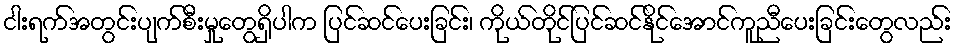
ငါးရက်အတွင်းပျက်စီးမှုတွေရှိပါက ပြင်ဆင်ပေးခြင်း၊ ကိုယ်တိုင်ပြင်ဆင်နိုင်အောင်ကူညီပေးခြင်းတွေလည်း